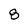
Character: 8